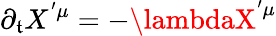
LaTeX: \partial_{\mathfrak{t}}X^{'\mu}=-\lambdaX^{'\mu}